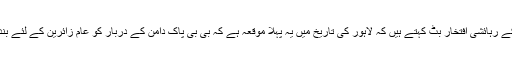
اس علاقے کے رہائشی افتخار بٹ کہتے ہیں کہ لاہور کی تاریخ میں یہ پہلا موقعہ ہے کہ بی بی پاک دامن کے دربار کو عام زائرین کے لئے بند کیا گیا ہے۔